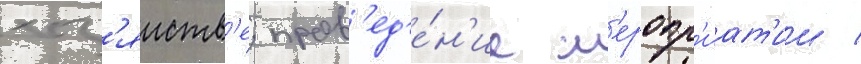
хоз'яиств'е; пров'ед'е́н'ие м'еропр'иат'ии /